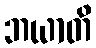
ဘယာတိ